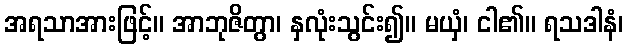
အရသာအားဖြင့်။ အာဘုဇိတွာ၊ နှလုံးသွင်း၍။ မယှံ၊ ငါ၏။ ရသဒါနံ၊